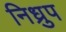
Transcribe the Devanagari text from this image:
निध्रुप